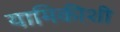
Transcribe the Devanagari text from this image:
यामिकीशी